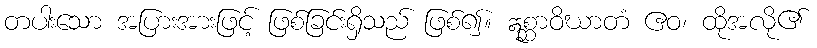
တပါးသော အပြားအားဖြင့် ဖြစ်ခြင်းရှိသည် ဖြစ်၍။ ဣစ္ဆာဝိဃာတံ ဧဝ၊ ထိုအလို၏